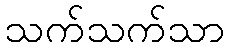
သက်သက်သာ